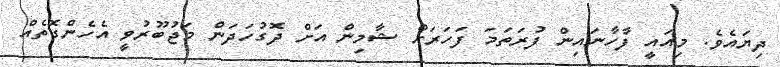
ދިޔައެވެ. މިއައީ ފާހާނައިން ފުރަތަމަ ފަހަރަށް ޝާމިން އަށް ދޮގުހަދަން މަޖުބޫރުވީ އެހެންގޮތެއް